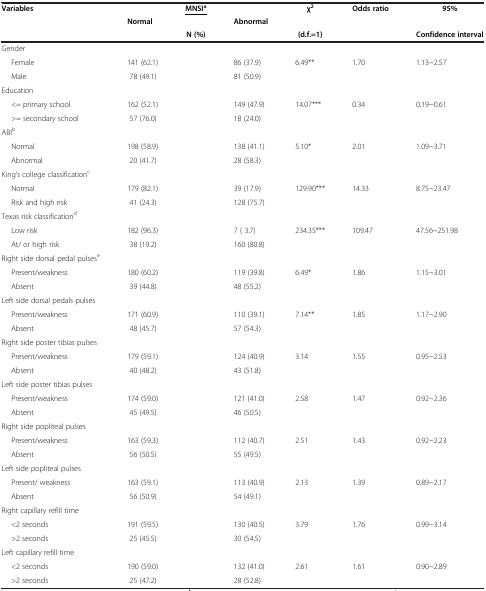
<table><thead><tr><td><b>Variables</b></td><td><b> </b></td><td><b><underline>MNSI</underline><sup><underline>a</underline></sup></b></td><td><b> </b></td><td><b>χ<sup>2</sup></b></td><td><b>Odds ratio</b></td><td><b>95%</b></td></tr><tr><td><b> </b></td><td><b>Normal</b></td><td><b> </b></td><td><b>Abnormal</b></td><td><b> </b></td><td><b> </b></td><td><b> </b></td></tr><tr><td><b> </b></td><td><b> </b></td><td><b>N (%)</b></td><td><b> </b></td><td><b>(d.f.=1)</b></td><td><b> </b></td><td><b>Confidence interval</b></td></tr></thead><tbody><tr><td>Gender</td><td> </td><td> </td><td> </td><td> </td><td> </td><td> </td></tr><tr><td>Female</td><td>141 (62.1)</td><td> </td><td>86 (37.9)</td><td>6.49**</td><td>1.70</td><td>1.13~2.57</td></tr><tr><td>Male</td><td> 78 (49.1)</td><td> </td><td>81 (50.9)</td><td> </td><td> </td><td> </td></tr><tr><td>Education</td><td> </td><td> </td><td> </td><td> </td><td> </td><td> </td></tr><tr><td>&lt;= primary school</td><td>162 (52.1)</td><td> </td><td>149 (47.9)</td><td>14.07***</td><td>0.34</td><td>0.19~0.61</td></tr><tr><td>&gt;= secondary school</td><td> 57 (76.0)</td><td> </td><td>18 (24.0)</td><td> </td><td> </td><td> </td></tr><tr><td>ABI<sup>b</sup></td><td> </td><td> </td><td> </td><td> </td><td> </td><td> </td></tr><tr><td>Normal</td><td>198 (58.9)</td><td> </td><td>138 (41.1)</td><td>5.10*</td><td>2.01</td><td>1.09~3.71</td></tr><tr><td>Abnormal</td><td> 20 (41.7)</td><td> </td><td>28 (58.3)</td><td> </td><td> </td><td> </td></tr><tr><td>King’s college classification<sup>c</sup></td><td> </td><td> </td><td> </td><td> </td><td> </td><td> </td></tr><tr><td>Normal</td><td>179 (82.1)</td><td> </td><td>39 (17.9)</td><td>129.90***</td><td>14.33</td><td>8.75~23.47</td></tr><tr><td>Risk and high risk</td><td> 41 (24.3)</td><td> </td><td>128 (75.7)</td><td> </td><td> </td><td> </td></tr><tr><td>Texas risk classification<sup>d</sup></td><td> </td><td> </td><td> </td><td> </td><td> </td><td> </td></tr><tr><td>Low risk</td><td>182 (96.3)</td><td> </td><td>7 ( 3.7)</td><td>234.35***</td><td>109.47</td><td>47.56~251.98</td></tr><tr><td>At/ or high risk</td><td> 38 (19.2)</td><td> </td><td>160 (80.8)</td><td> </td><td> </td><td> </td></tr><tr><td>Right side dorsal pedal pulses<sup>e</sup></td><td> </td><td> </td><td> </td><td> </td><td> </td><td> </td></tr><tr><td>Present/weakness</td><td>180 (60.2)</td><td> </td><td>119 (39.8)</td><td>6.49*</td><td>1.86</td><td>1.15~3.01</td></tr><tr><td>Absent</td><td> 39 (44.8)</td><td> </td><td>48 (55.2)</td><td> </td><td> </td><td> </td></tr><tr><td>Left side dorsal pedals pulses</td><td> </td><td> </td><td> </td><td> </td><td> </td><td> </td></tr><tr><td>Present/weakness</td><td>171 (60.9)</td><td> </td><td>110 (39.1)</td><td>7.14**</td><td>1.85</td><td>1.17~2.90</td></tr><tr><td>Absent</td><td> 48 (45.7)</td><td> </td><td>57 (54.3)</td><td> </td><td> </td><td> </td></tr><tr><td>Right side poster tibias pulses</td><td> </td><td> </td><td> </td><td> </td><td> </td><td> </td></tr><tr><td>Present/weakness</td><td>179 (59.1)</td><td> </td><td>124 (40.9)</td><td>3.14</td><td>1.55</td><td>0.95~2.53</td></tr><tr><td>Absent</td><td> 40 (48.2)</td><td> </td><td>43 (51.8)</td><td> </td><td> </td><td> </td></tr><tr><td>Left side poster tibias pulses</td><td> </td><td> </td><td> </td><td> </td><td> </td><td> </td></tr><tr><td>Present/weakness</td><td>174 (59.0)</td><td> </td><td>121 (41.0)</td><td>2.58</td><td>1.47</td><td>0.92~2.36</td></tr><tr><td>Absent</td><td> 45 (49.5)</td><td> </td><td>46 (50.5)</td><td> </td><td> </td><td> </td></tr><tr><td>Right side popliteal pulses</td><td> </td><td> </td><td> </td><td> </td><td> </td><td> </td></tr><tr><td>Present/weakness</td><td>163 (59.3)</td><td> </td><td>112 (40.7)</td><td>2.51</td><td>1.43</td><td>0.92~2.23</td></tr><tr><td>Absent</td><td> 56 (50.5)</td><td> </td><td>55 (49.5)</td><td> </td><td> </td><td> </td></tr><tr><td>Left side popliteal pulses</td><td> </td><td> </td><td> </td><td> </td><td> </td><td> </td></tr><tr><td>Present/ weakness</td><td>163 (59.1)</td><td> </td><td>113 (40.9)</td><td>2.13</td><td>1.39</td><td>0.89~2.17</td></tr><tr><td>Absent</td><td> 56 (50.9)</td><td> </td><td>54 (49.1)</td><td> </td><td> </td><td> </td></tr><tr><td>Right capillary refill time</td><td> </td><td> </td><td> </td><td> </td><td> </td><td> </td></tr><tr><td>&lt;2 seconds</td><td>191 (59.5)</td><td> </td><td>130 (40.5)</td><td>3.79</td><td>1.76</td><td>0.99~3.14</td></tr><tr><td>&gt;2 seconds</td><td> 25 (45.5)</td><td> </td><td>30 (54.5)</td><td> </td><td> </td><td> </td></tr><tr><td>Left capillary refill time</td><td> </td><td> </td><td> </td><td> </td><td> </td><td> </td></tr><tr><td>&lt;2 seconds</td><td>190 (59.0)</td><td> </td><td>132 (41.0)</td><td>2.61</td><td>1.61</td><td>0.90~2.89</td></tr><tr><td>&gt;2 seconds</td><td> 25 (47.2)</td><td> </td><td>28 (52.8)</td><td> </td><td> </td><td> </td></tr></tbody></table>